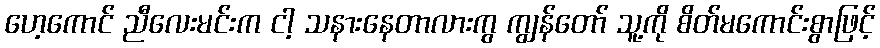
ဟေ့ကောင် ညီလေးမင်းက ငါ့ သနားနေတာလားကွ ကျွန်တော် သူ့ကို စိတ်မကောင်းစွာဖြင့်